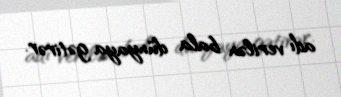
adı verilən bala dünyaya gətirər.